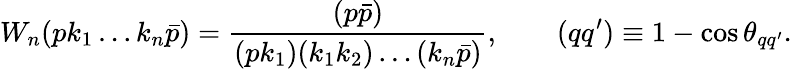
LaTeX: W_{n}(pk_{1}\ldots k_{n}\bar{p})=\frac{(p\bar{p})}{(pk_{1})(k_{1}k_{2})\ldots(k_{n}\bar{p})},\qquad(qq^{\prime})\equiv 1-\cos\theta_{qq^{\prime}}.